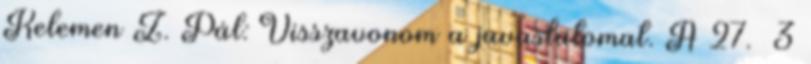
Kelemen Z. Pál: Visszavonom a javaslatomat. A 27.§ 3